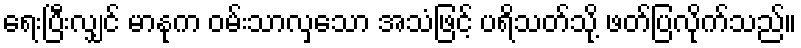
ရေးပြီးလျှင် မာနုက ဝမ်းသာလှသော အသံဖြင့် ပရိသတ်သို့ ဖတ်ပြလိုက်သည်။